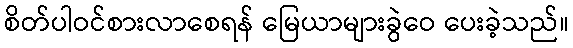
စိတ်ပါဝင်စားလာစေရန် မြေယာများခွဲဝေ ပေးခဲ့သည်။